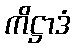
ကိဋ္ဌာဒံ